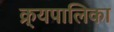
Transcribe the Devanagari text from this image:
क्र्यपालिका